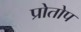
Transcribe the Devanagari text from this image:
प्रोतोप